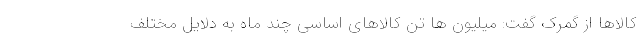
کالاها از گمرک گفت: میلیون ها تن کالاهای اساسی چند ماه به دلایل مختلف